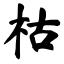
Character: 枯